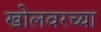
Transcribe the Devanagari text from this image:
खोलवरच्या